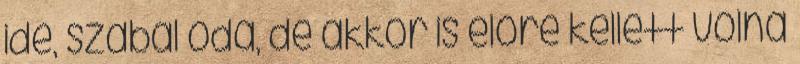
ide, szabál oda, de akkor is előre kellett volna